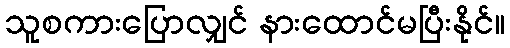
သူစကားပြောလျှင် နားထောင်မပြီးနိုင်။